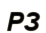
РЗ